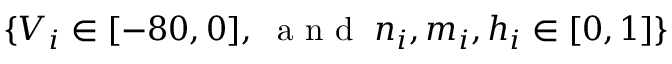
\{ V _ { i } \in [ - 8 0 , 0 ] , \; \textrm { a n d } \; n _ { i } , m _ { i } , h _ { i } \in [ 0 , 1 ] \}